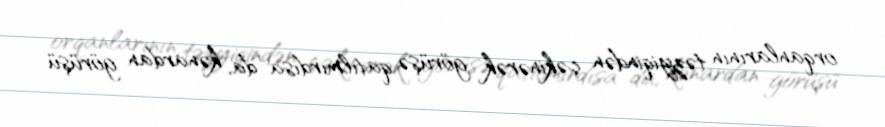
orqanlarının təzyiqindən çəkinərək görüşə qatılmırdısa da, kənardan görüşü